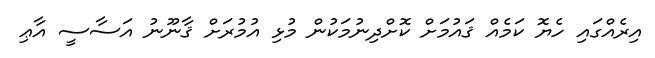
އިރެއްގައި ހެޔޮ ކަމެއް ޤައުމަށް ކޮށްދިނުމަކުން މުޅި އުމުރަށް ޤާނޫނު އަސާސީ އާޢި